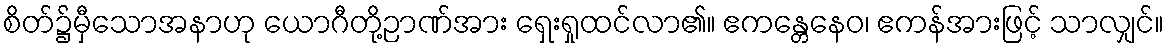
စိတ်၌မှီသောအနာဟု ယောဂီတို့ဉာဏ်အား ရှေးရှုထင်လာ၏။ ဧကန္တေနေဝ၊ ဧကန်အားဖြင့် သာလျှင်။